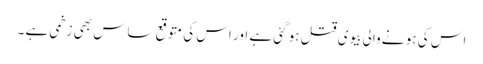
اس کی ہو نے والی بیوی قتل ہو گئی ہے اور اس کی متوقع ساس بھی زخمی ہے ۔